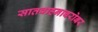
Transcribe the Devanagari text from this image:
सातवाहनाबरोबर